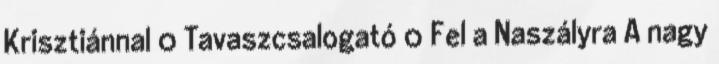
Krisztiánnal 0 Tavaszcsalogató 0 Fel a Naszályra A nagy